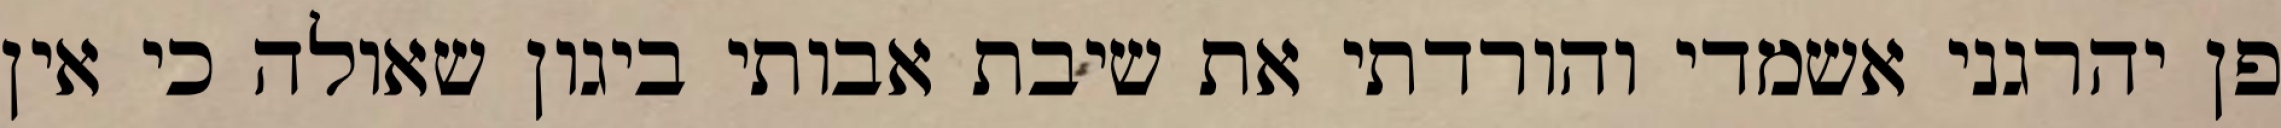
פן יהרגני אשמדי והורדתי את שיבת אבותי ביגון שאולה כי אין